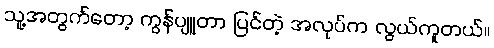
သူ့အတွက်တော့ ကွန်ပျူတာ ပြင်တဲ့ အလုပ်က လွယ်ကူတယ်။